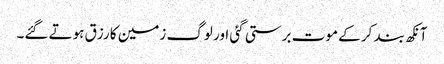
آنکھ بند کر کے موت برستی گئی اور لوگ زمین کا رزق ہوتے گئے۔